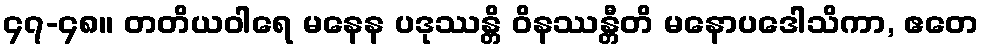
၄၇-၄၈။ တတိယဝါရေ မနေန ပဒုဿန္တိ ဝိနဿန္တီတိ မနောပဒေါသိကာ, ဧတေ